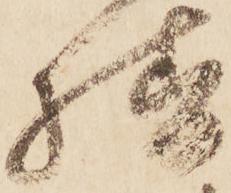
様